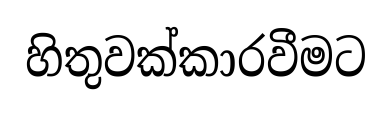
හිතුවක්කාරවීමට